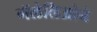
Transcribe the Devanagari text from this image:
गॅलेलिओने